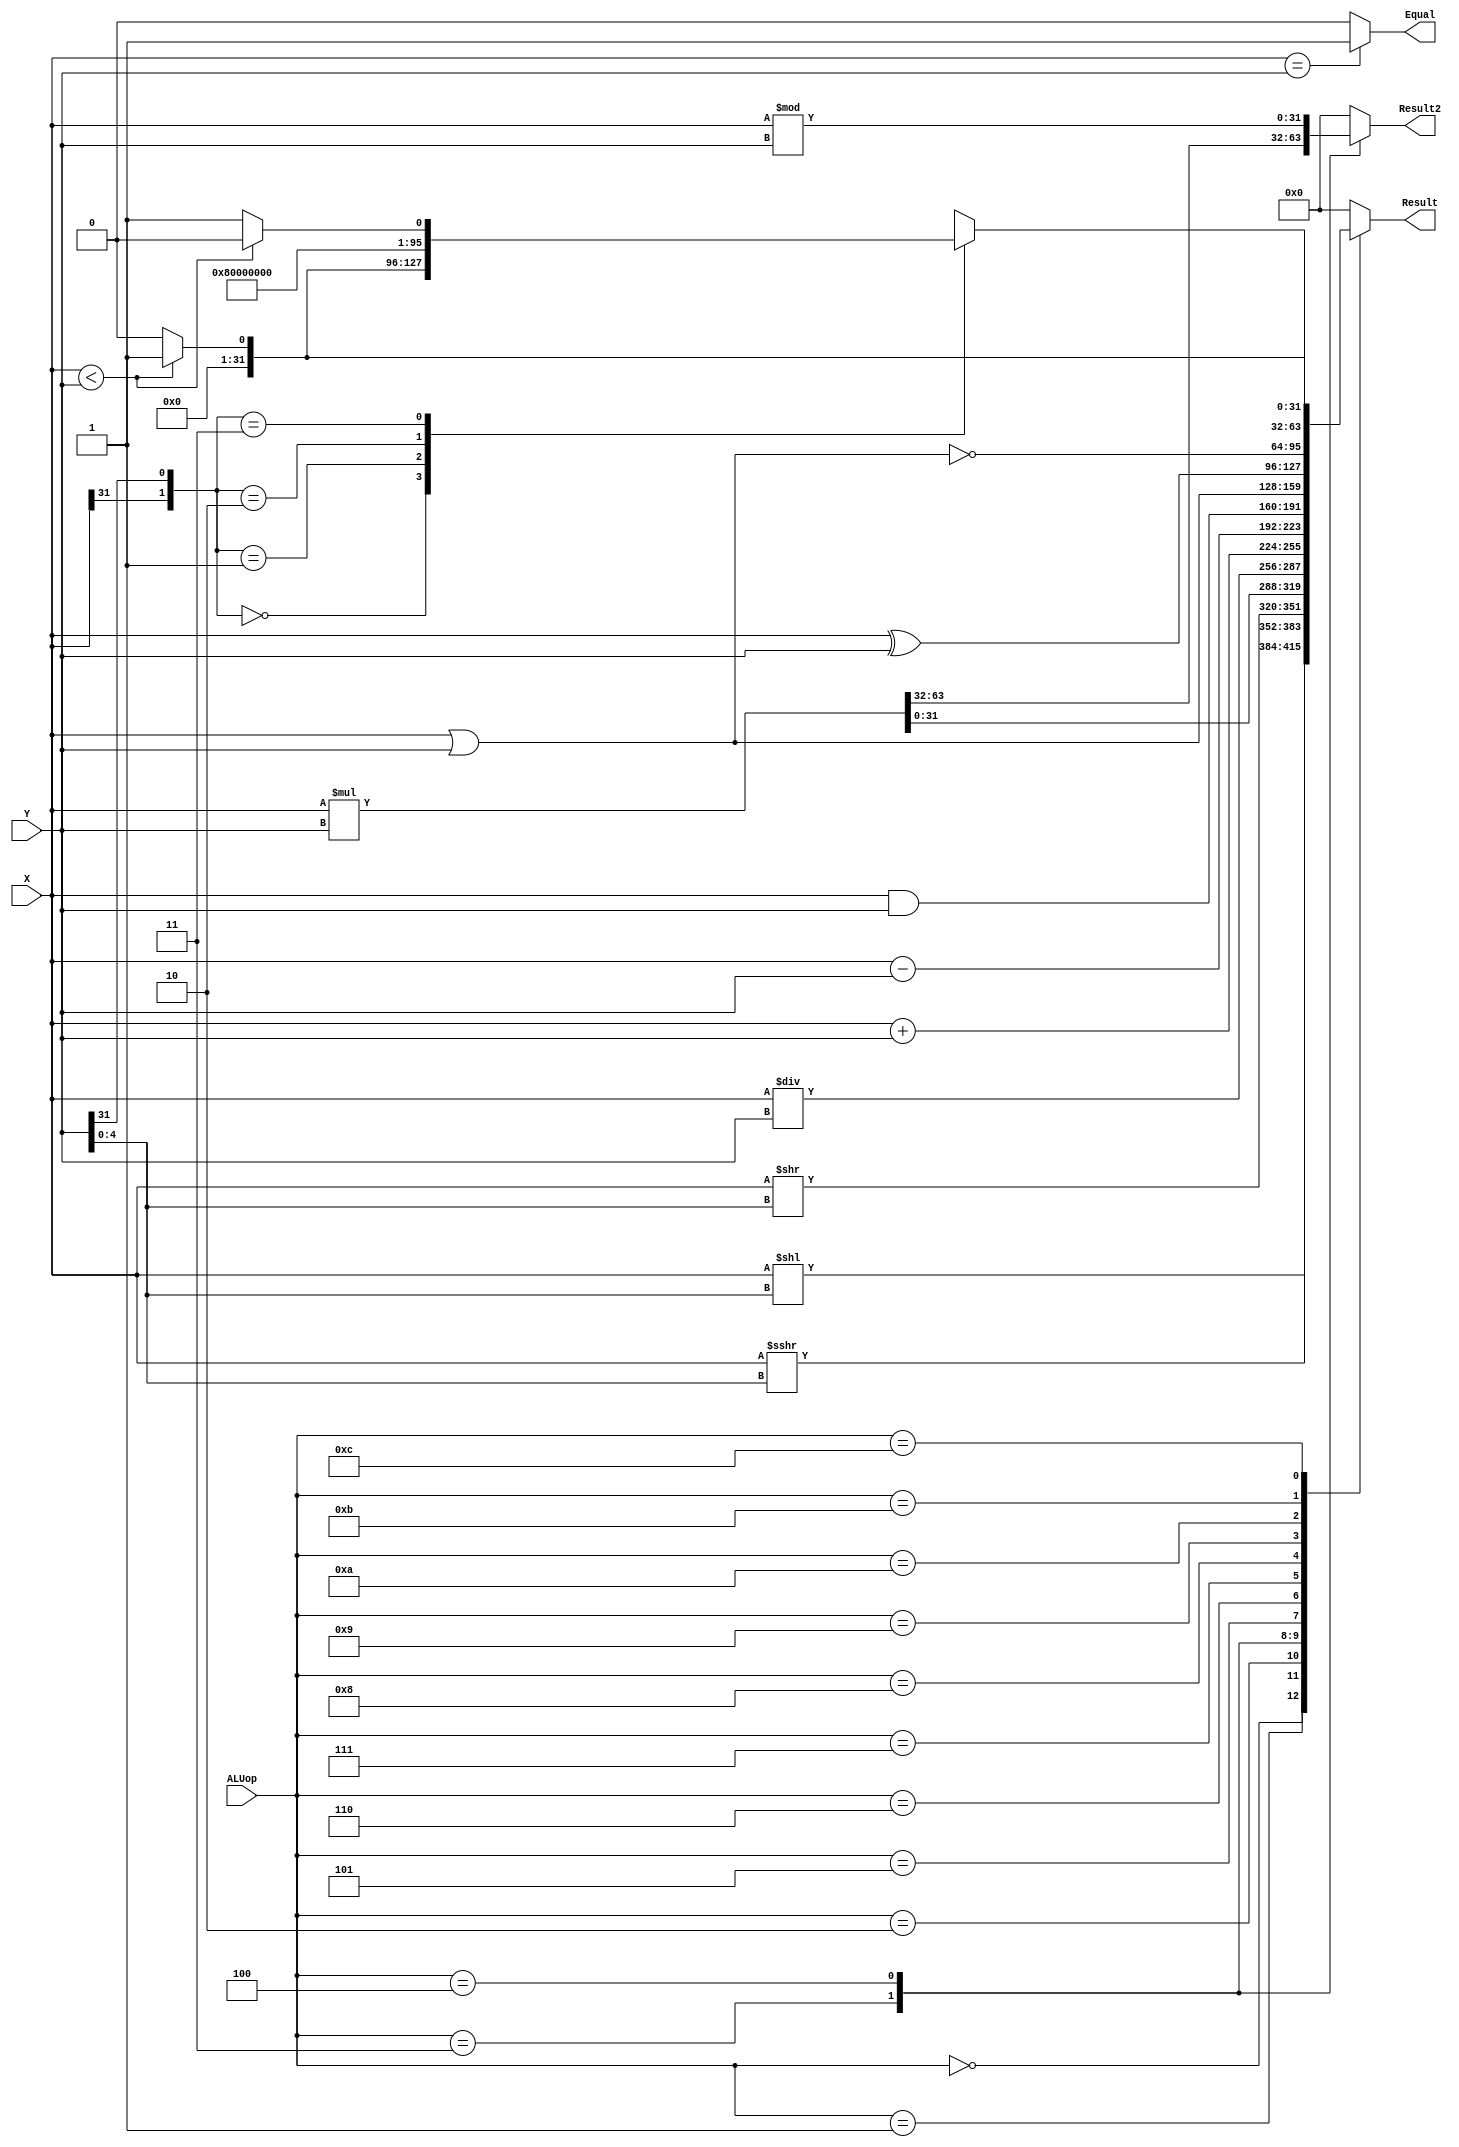
`timescale 1ns / 1ps
//////////////////////////////////////////////////////////////////////////////////
// Company: 
// Engineer: 
// 
// Design Name: 
// Module Name: alu
// Project Name: 
// Target Devices: 
// Tool Versions: 
// Description: 
// 
// Dependencies: 
// 
// Revision:
// Revision 0.01 - File Created
// Additional Comments:
// 
//////////////////////////////////////////////////////////////////////////////////


module alu(
    input [31:0] X,
    input [31:0] Y,
    input [3:0] ALUop,
    output reg [31:0] Result,
    output reg [31:0] Result2,
    output reg Equal
    );
     always @(X, Y, ALUop)
       begin
           Result2 = 32'b0;
           if(X == Y)
                   Equal = 1;
               else
                   Equal = 0;
           case(ALUop)
               0:
                   begin
                      Result = X<<(Y[4:0]);
                   end
               1:
                   begin
                       Result = $signed(X)>>>(Y[4:0]);
                   end
               2:
                   begin
                       Result = X>>(Y[4:0]);
                   end 
               3:
                   begin
                       {Result2,Result} = X*Y;
                   end
               4:
                   begin
                       Result = X/Y;
                       Result2 = X%Y;
                   end
               5:
                   begin
                       Result = X+Y;
                   end
               6:
                   begin
                       Result = X-Y;
                   end
               7:
                   begin
                       Result = X&Y;
                       Result2 = 0;
                   end
               8:
                   begin
                       Result = X|Y;
                   end
               9:
                   begin
                       Result = X^Y;
                   end
               10:
                   begin
                       Result = ~(X|Y);
                   end
               11:
                   begin
                       case({X[31], Y[31]})
                          2'b00:
                              Result = (X<Y)?1:0;
                          2'b01:
                              Result = 0;
                          2'b10:
                              Result = 1;
                          2'b11:
                              Result = (X<Y)?0:1;
                       endcase 
                   end
               12:
                   begin
                       if(X<Y)
                           Result = 1;
                       else
                           Result = 0;
                   end
               default:
                   begin
                        Result = 0;
                   end
             endcase
       end
endmodule